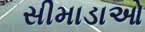
સીમાડાઓ